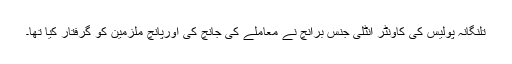
تلنگانہ پولیس کی کاونٹر انٹلی جنس برانچ نے معاملے کی جانچ کی اورپانچ ملزمین کو گرفتار کیا تھا۔